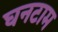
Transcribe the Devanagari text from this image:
घनटाम